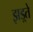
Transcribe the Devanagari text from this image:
झड़्ते